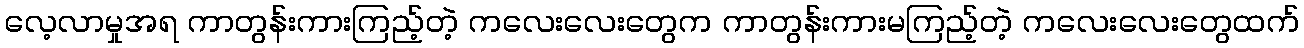
လေ့လာမှုအရ ကာတွန်းကားကြည့်တဲ့ ကလေးလေးတွေက ကာတွန်းကားမကြည့်တဲ့ ကလေးလေးတွေထက်